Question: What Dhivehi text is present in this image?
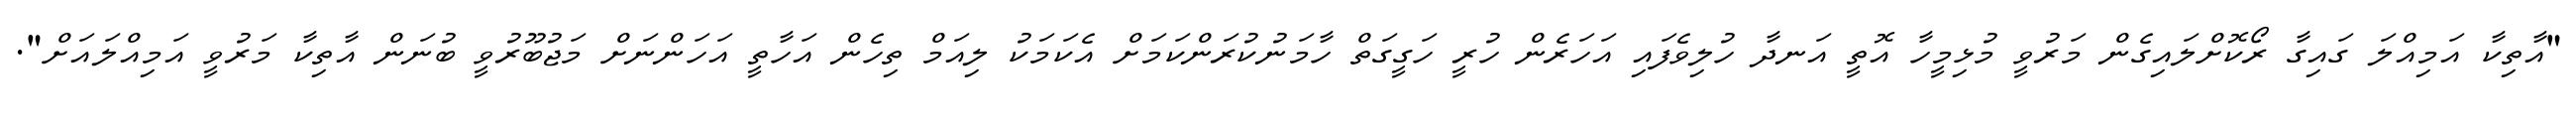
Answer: "އާތިކާ އަމިއްލަ ގައިގާ ރޯކޮށްލައިގެން މަރުވީ މުޅިމީހާ އޮތީ އަނދާ ހުލިވެފައި އަހަރެން ހުރީ ހަގީގަތް ހާމަނުކުރަންކަމަށް އެކަމަކު ލިއަމް ތިހެން އަހާތީ އަހަންނަށް މަޖުބޫރުވީ ބުނަން އާތިކާ މަރުވީ އަމިއްލައަށް".